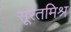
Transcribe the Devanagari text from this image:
सूरतमिश्र